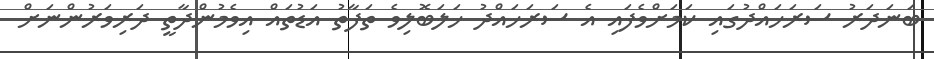
ބަނަދަރު ސަރަހައްދުގައި ކަމަށްވެފައި އެ ސަރަހައްދު ހަލަބޮލިވެ ތަފާތު އަޑުތައް އިވެމުންދާތީ ދަރިވަރުންނަށް